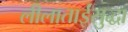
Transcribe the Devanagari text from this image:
लीलाताईंसुद्धा